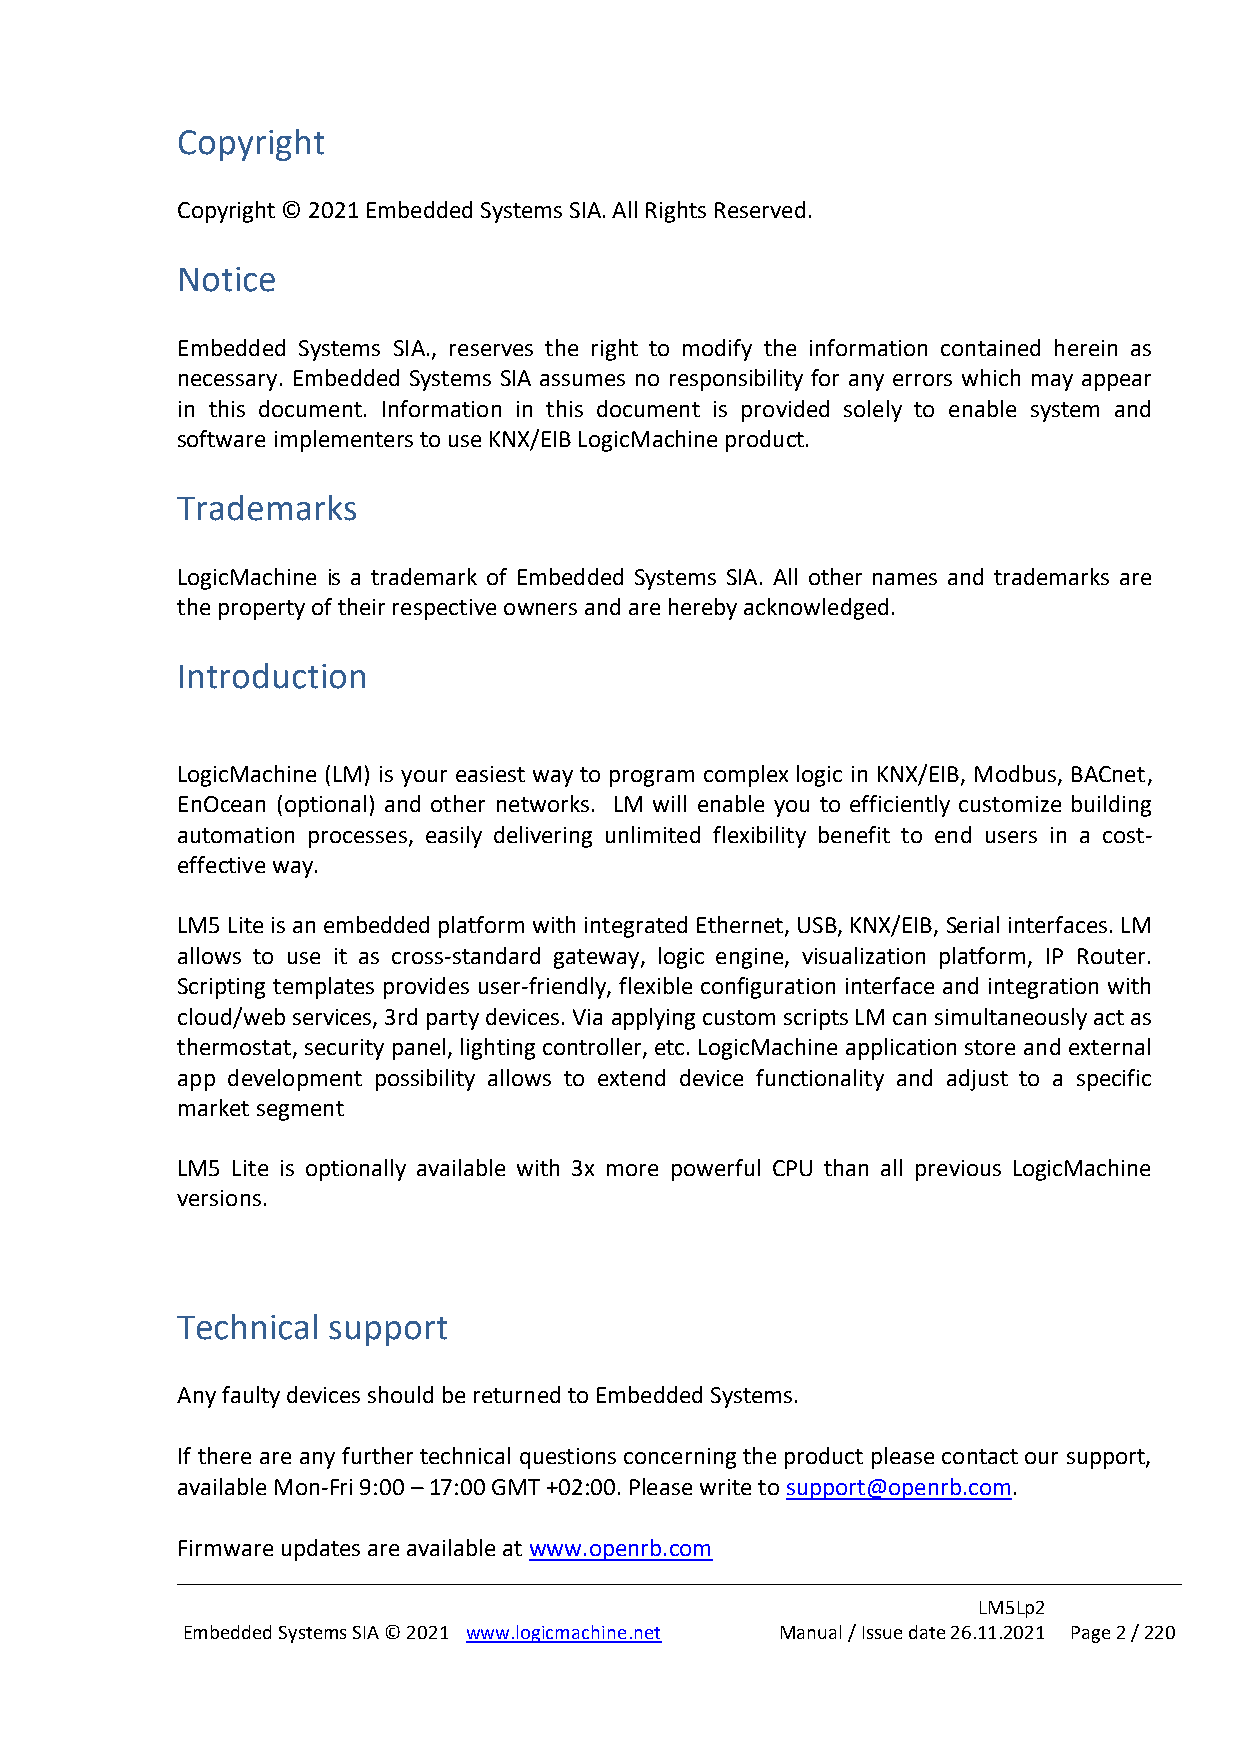
Copyright
 Copyright © 2021 Embedded Systems SIA. All Rights Reserved.
 Notice
 Embedded Systems SIA., reserves the right to modify the information contained herein as
 necessary. Embedded Systems SIA assumes no responsibility for any errors which may appear
 in this document. Information in this document is provided solely to enable system and
 software implementers to use KNX/EIB LogicMachine product.
 Trademarks
 LogicMachine is a trademark of Embedded Systems SIA. All other names and trademarks are
 the property of their respective owners and are hereby acknowledged.
 Introduction
 LogicMachine (LM) is your easiest way to program complex logic in KNX/EIB, Modbus, BACnet,
 EnOcean (optional) and other networks. LM will enable you to efficiently customize building
 automation processes, easily delivering unlimited flexibility benefit to end users in a cost-
 effective way.
 LM5 Lite is an embedded platform with integrated Ethernet, USB, KNX/EIB, Serial interfaces. LM
 allows to use it as cross-standard gateway, logic engine, visualization platform, IP Router.
 Scripting templates provides user-friendly, flexible configuration interface and integration with
 cloud/web services, 3rd party devices. Via applying custom scripts LM can simultaneously act as
 thermostat, security panel, lighting controller, etc. LogicMachine application store and external
 app development possibility allows to extend device functionality and adjust to a specific
 market segment
 LM5 Lite is optionally available with 3x more powerful CPU than all previous LogicMachine
 versions.
 Technical support
 Any faulty devices should be returned to Embedded Systems.
 If there are any further technical questions concerning the product please contact our support,
 available Mon-Fri 9:00 – 17:00 GMT +02:00. Please write to support@openrb.com.
 Firmware updates are available at www.openrb.com
 LM5Lp2
 Embedded Systems SIA © 2021 www.logicmachine.net Manual / Issue date 26.11.2021 Page 2 / 220